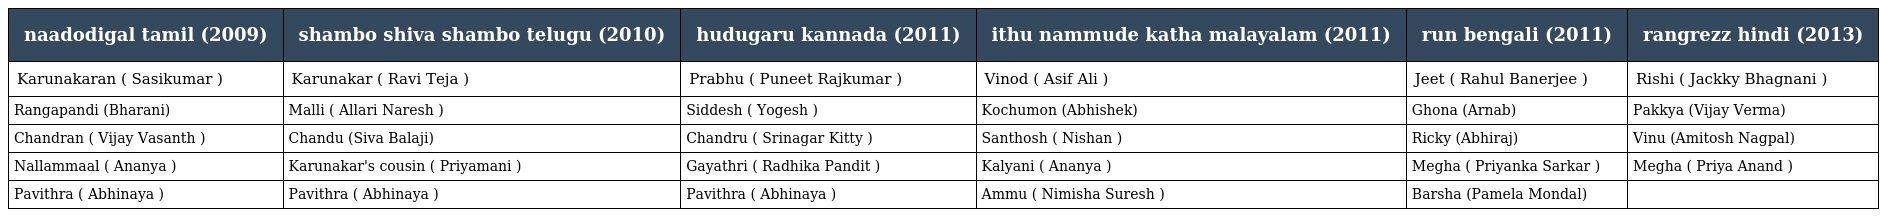
| naadodigal tamil (2009) | shambo shiva shambo telugu (2010) | hudugaru kannada (2011) | ithu nammude katha malayalam (2011) | run bengali (2011) | rangrezz hindi (2013) |
 | --- | --- | --- | --- | --- | --- |
 | Karunakaran ( Sasikumar ) | Karunakar ( Ravi Teja ) | Prabhu ( Puneet Rajkumar ) | Vinod ( Asif Ali ) | Jeet ( Rahul Banerjee ) | Rishi ( Jackky Bhagnani ) |
 | Rangapandi (Bharani) | Malli ( Allari Naresh ) | Siddesh ( Yogesh ) | Kochumon (Abhishek) | Ghona (Arnab) | Pakkya (Vijay Verma) |
 | Chandran ( Vijay Vasanth ) | Chandu (Siva Balaji) | Chandru ( Srinagar Kitty ) | Santhosh ( Nishan ) | Ricky (Abhiraj) | Vinu (Amitosh Nagpal) |
 | Nallammaal ( Ananya ) | Karunakar's cousin ( Priyamani ) | Gayathri ( Radhika Pandit ) | Kalyani ( Ananya ) | Megha ( Priyanka Sarkar ) | Megha ( Priya Anand ) |
 | Pavithra ( Abhinaya ) | Pavithra ( Abhinaya ) | Pavithra ( Abhinaya ) | Ammu ( Nimisha Suresh ) | Barsha (Pamela Mondal) |  |